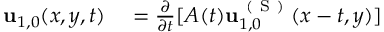
\begin{array} { r l } { \mathbf { u } _ { 1 , 0 } ( x , y , t ) } & { { } = \frac { \partial } { \partial t } [ A ( t ) \mathbf { u } _ { 1 , 0 } ^ { \mathrm { ~ ( ~ S ~ ) ~ } } ( x - t , y ) ] } \end{array}